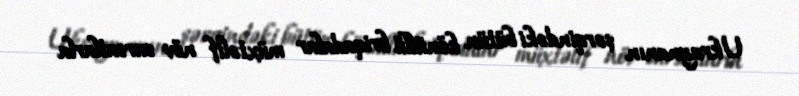
Ukraynanın şərqindəki bütün könüllü briqadalar müxtəlif növ sursatlarla